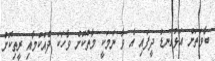
ބާވަތަށް އަޅުގަނޑު ދީފައި އެ ވާ ނަމަކީ މާތްކޮށް ވާހަކަ ދެއްކުމާއި ރީތިކޮށް